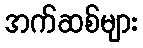
အက်ဆစ်များ